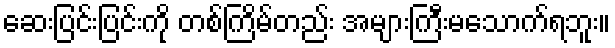
ဆေးပြင်းပြင်းကို တစ်ကြိမ်တည်း အများကြီးမသောက်ရဘူး။